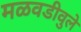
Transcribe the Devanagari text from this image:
मळवडीवुले